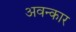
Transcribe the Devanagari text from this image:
अवन्कार